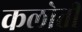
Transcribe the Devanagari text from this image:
कलोती